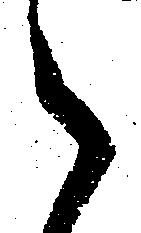
々